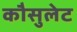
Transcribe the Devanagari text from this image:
कौसुलेट